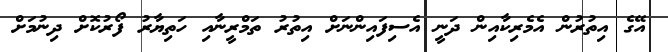
އޭގެ އިތުރުން އެމެރިކާއިން ދަނީ އެސިފައިންނަށް އިތުރު ތަމްރީނާއި ހަތިޔާރު ފޯރުކޮށް ދިނުމަށް